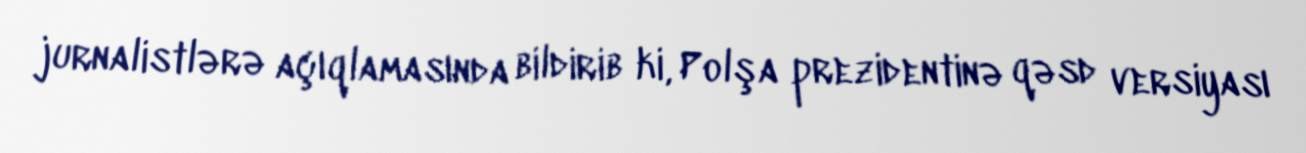
jurnalistlərə açıqlamasında bildirib ki, Polşa prezidentinə qəsd versiyası